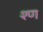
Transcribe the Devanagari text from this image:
श्ण